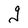
Character: g